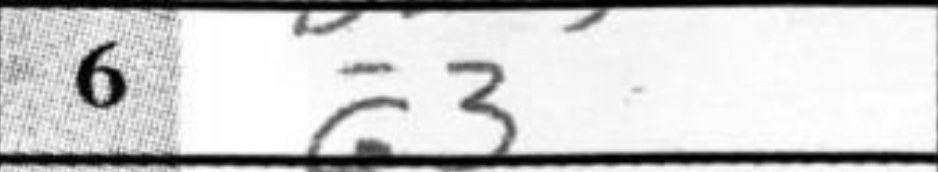
Transcription: a3